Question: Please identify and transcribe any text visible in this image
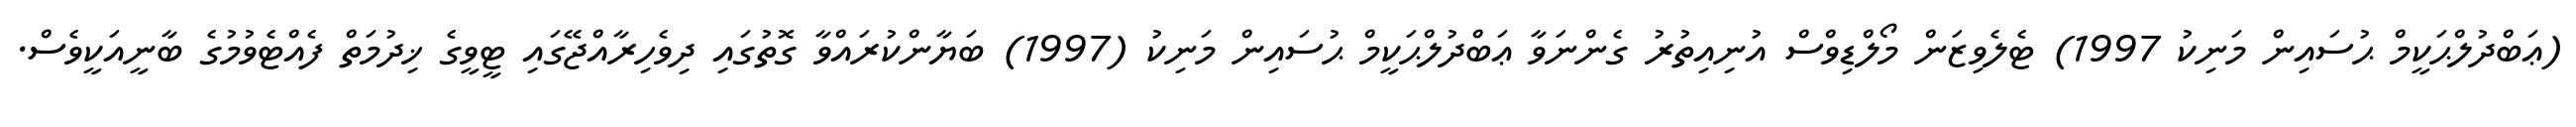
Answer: (ޢަބްދުލްޙަކީމް ޙުސައިން މަނިކު 1997) ޓެލެވިޒަން މޯލްޑިވްސް އުނިއިތުރު ގެންނަވާ ޢަބްދުލްޙަކީމް ޙުސައިން މަނިކު (1997) ބަޔާންކުރައްވާ ގޮތުގައި ދިވެހިރާއްޖޭގައި ޓީވީގެ ޚިދުމަތް ފެއްޓެވުމުގެ ބާނީއަކީވެސް.